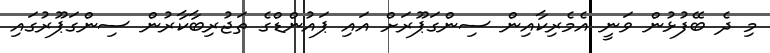
މި ދެ ބޭފުޅުން ވަނީ އެމެރިކާއިން ސިންގަޕޫރަށް އައި ޕައުންޑްގެ ތަޖުރިބާކާރުން ސިންގަޕޫރުގައި